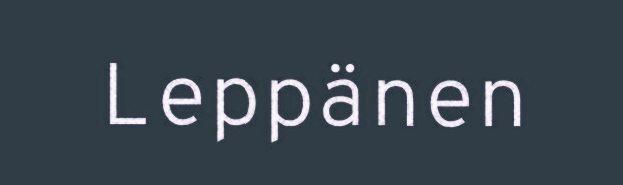
Leppänen